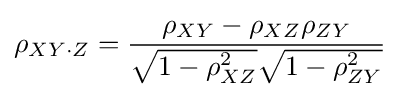
\rho _{XY\cdot Z}={\frac {\rho _{XY}-\rho _{XZ}\rho _{ZY}}{{\sqrt {1-\rho _{XZ}^{2}}}{\sqrt {1-\rho _{ZY}^{2}}}}}